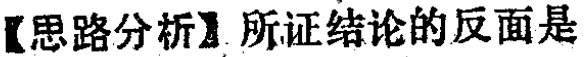
【思路分析】所证结论的反面是